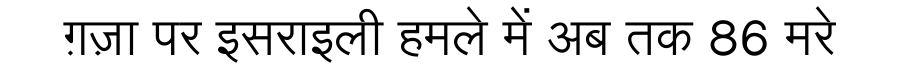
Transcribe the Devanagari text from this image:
ग़ज़ा पर इसराइली हमले में अब तक 86 मरे